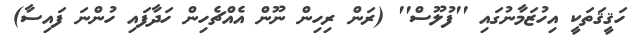
ހަޤީޤަތަކީ އިހުޒަމާނުގައި ''ފުލޫސް'' (ރަން ރިހިން ނޫން އެއްޗެހިން ހަދާފައި ހުންނަ ފައިސާ)